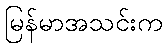
မြန်မာအသင်းက